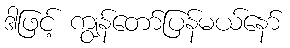
ဒါဖြင့် ကျွန်တော်ပြန်မယ်နော်